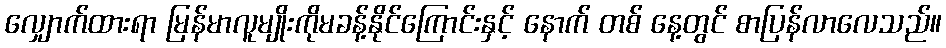
လျှောက်ထားရာ မြန်မာလူမျိုးကိုမခန့်နိုင်ကြောင်းနှင့် နောက် တစ် နေ့တွင် စာပြန်လာလေသည်။